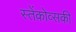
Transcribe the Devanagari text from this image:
स्तेंकोव्सकी